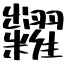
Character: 糶